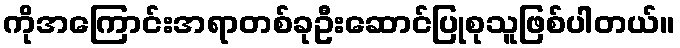
ကိုအကြောင်းအရာတစ်ခုဦးဆောင်ပြုစုသူဖြစ်ပါတယ်။